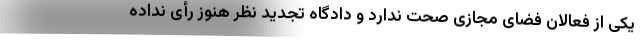
یکی از فعالان فضای مجازی صحت ندارد و دادگاه تجدید نظر هنوز رأی نداده